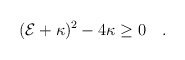
\begin{align*}({\cal E}+\kappa)^2-4\kappa \geq 0\quad .\end{align*}